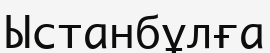
Ыстанбұлға